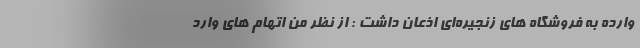
وارده به فروشگاه های زنجیره‌ای اذعان داشت : از نظر من اتهام های وارد